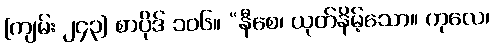
[ကျမ်း ၂၄၃] စာပိုဒ် ၁၀၆။ “နီစေ၊ ယုတ်နိမ့်သော။ ကုလေ၊